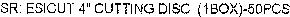
SR: ESICUT 4" CUTTING DISC (1BOX)-50PCS